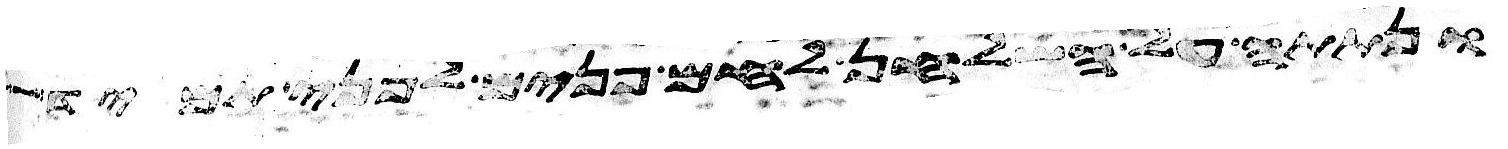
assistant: ונתתה על השלחן לחם פנים לפני תמיד